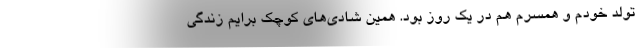
تولد خودم و همسرم هم در یک روز بود. همین شادی‌های کوچک برایم زندگی